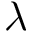
\lambda